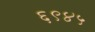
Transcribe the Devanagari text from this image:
६९४५